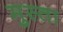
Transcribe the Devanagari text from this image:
मुस्ता